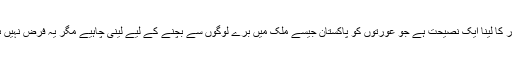
چادر کا لینا ایک نصیحت ہے جو عورتوں کو پاکستان جیسے ملک میں برے لوگوں سے بچنے کے لیے لینی چاہیے مگر یہ فرض نہیں ہے۔